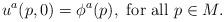
LaTeX: \begin{align*}u^a (p, 0) = \phi^a (p), \mbox{ for all } p \in M.\end{align*}